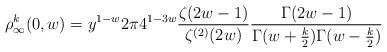
LaTeX: \begin{align*} \rho_\infty^k(0,w) = y^{1-w} 2\pi 4^{1-3w} \frac{\zeta(2w-1)}{\zeta^{(2)}(2w)} \frac{\Gamma(2w-1)}{\Gamma(w + \frac{k}{2}) \Gamma(w - \frac{k}{2})} \end{align*}